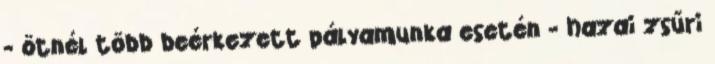
- ötnél több beérkezett pályamunka esetén - hazai zsűri